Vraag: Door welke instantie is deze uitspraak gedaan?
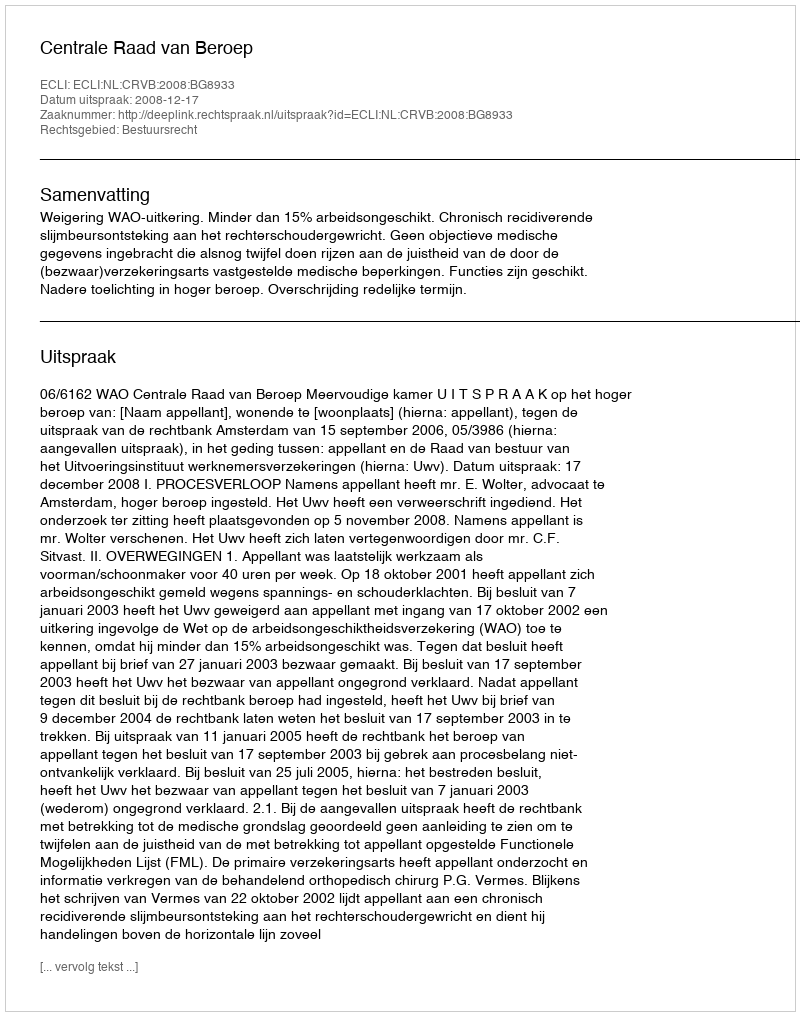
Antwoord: Centrale Raad van Beroep